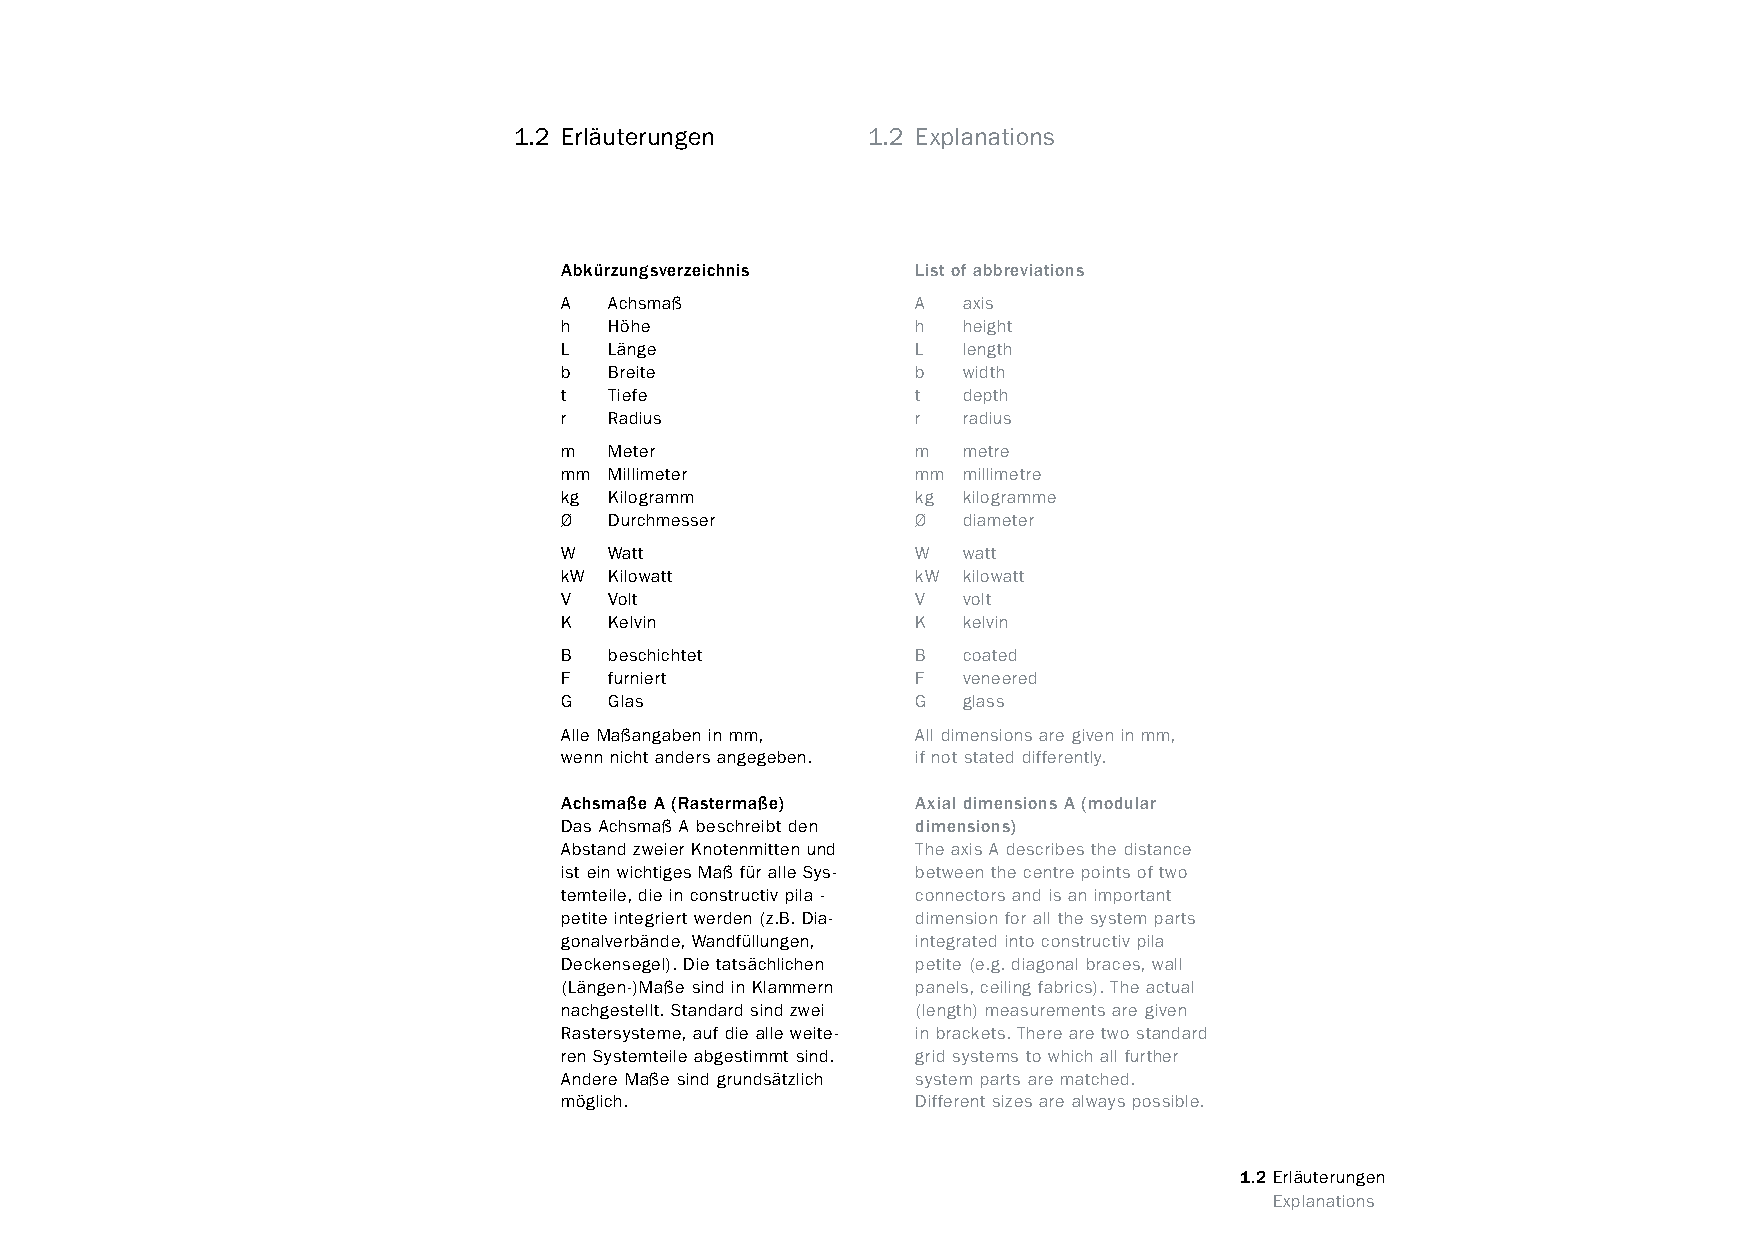
constructivpila petite        1.2 Erläuterungen      1.2 Explanations
 Abkürzungsverzeichnis   List of abbreviations
 A  Achsmaß              A  axis
 h  Höhe                 h  height
 L  Länge                L  length
 b  Breite               b  width
 t  Tiefe                t  depth
 r  Radius               r  radius
 m  Meter                m  metre
 mm Millimeter           mm millimetre
 kg Kilogramm            kg kilogramme
 Ø  Durchmesser          Ø  diameter
 W  Watt                 W  watt
 kW Kilowatt             kW kilowatt
 V  Volt                 V  volt
 K  Kelvin               K  kelvin
 B  beschichtet          B  coated
 F  furniert             F  veneered
 G  Glas                 G  glass
 Alle Maßangaben in mm,  All dimensions are given in mm,
 wenn nicht anders angegeben. if not stated differently.
 Achsmaße A (Rastermaße) Axial dimensions A (modular
 Das Achsmaß A beschreibt den dimensions)
 Abstand zweier Knotenmitten und The axis A describes the distance
 ist ein wichtiges Maß für alle Sys- between the centre points of two
 temteile, die in constructiv pila - connectors and is an important
 petite integriert werden (z.B. Dia- dimension for all the system parts
 gonalverbände, Wandfüllungen, integrated into constructiv pila
 Deckensegel). Die tatsächlichen petite (e.g. diagonal braces, wall
 (Längen-)Maße sind in Klammern panels, ceiling fabrics). The actual
 nachgestellt. Standard sind zwei (length) measurements are given
 Rastersysteme, auf die alle weite- in brackets. There are two standard
 ren Systemteile abgestimmt sind. grid systems to which all further
 Andere Maße sind grundsätzlich system parts are matched.
 möglich.                Different sizes are always possible.
 1.2 Erläuterungen
 www.burkhardtleitner.de                                                         Explanations